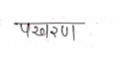
मजकूर: पखरण